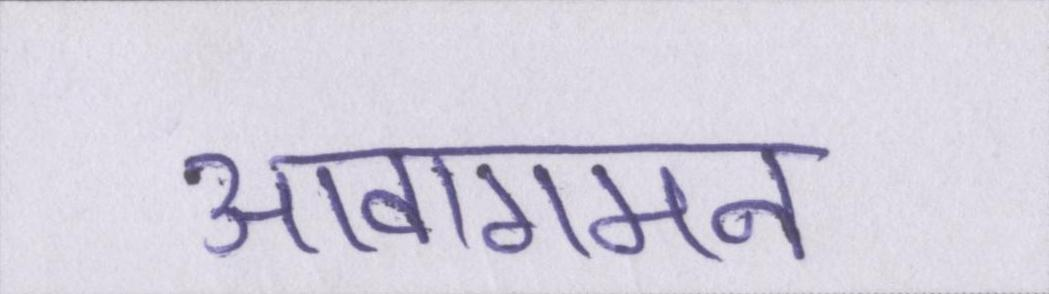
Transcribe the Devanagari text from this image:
आवागमन